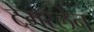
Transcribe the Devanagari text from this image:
टेमरलेन